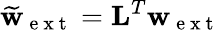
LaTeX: \widetilde{\textbf{w}}_{\mathrm{~e~x~t~}}=\textbf{L}^{T}\textbf{w}_{\mathrm{~e~x~t~}}